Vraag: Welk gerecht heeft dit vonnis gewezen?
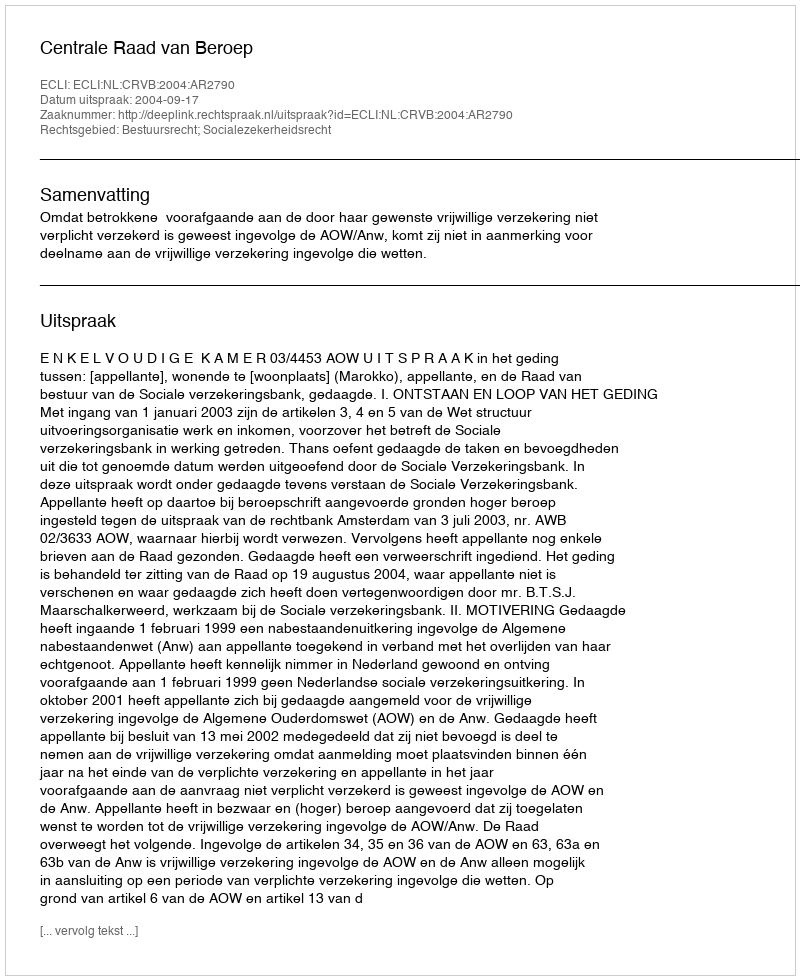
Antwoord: Centrale Raad van Beroep